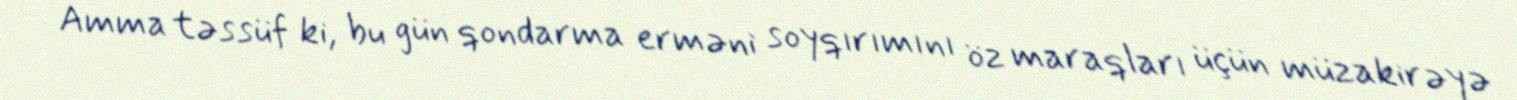
Amma təssüf ki, bu gün qondarma erməni soyqırımını öz maraqları üçün müzakirəyə